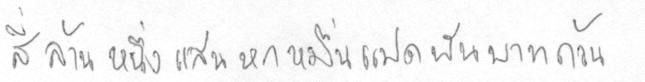
สี่ล้านหนึ่งแสนหกหมื่นแปดพันบาทถ้วน